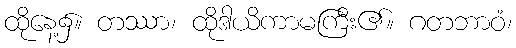
ထိုနေ့၌။ တဿာ၊ ထိုဒါယိကာမကြီး၏။ ဂတဘာဝံ၊